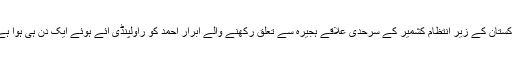
پاکستان کے زیرِ انتظام کشمیر کے سرحدی علاقے ہجیرہ سے تعلق رکھنے والے ابرار احمد کو راولپنڈی آئے ہوئے ایک دن ہی ہوا ہے۔